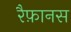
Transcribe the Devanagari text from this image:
रैफ़ानस